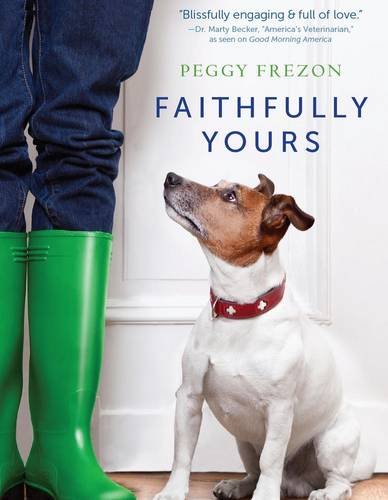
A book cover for Faithfully Yours: The Amazing Bond Between Us and the Animals We Love; Peggy Frezon; Crafts, Hobbies & Home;